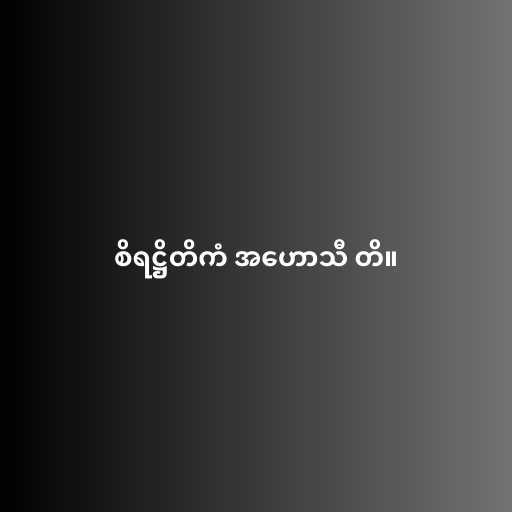
စိရဋ္ဌိတိကံ အဟောသီ တိ။